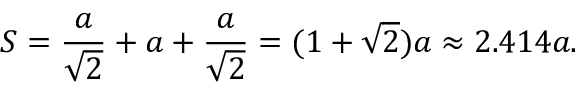
S = { \frac { a } { \sqrt { 2 } } } + a + { \frac { a } { \sqrt { 2 } } } = ( 1 + { \sqrt { 2 } } ) a \approx 2 . 4 1 4 a .